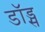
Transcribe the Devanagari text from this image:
डॉड्स